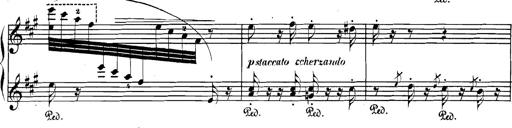
Title: Spinnerlied aus dem Fliegenden HollÃ¤nder
Composer: Franz Liszt